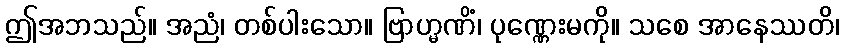
ဤအဘသည်။ အညံ၊ တစ်ပါးသော။ ဗြာဟ္မဏိံ၊ ပုဏ္ဏေးမကို။ သစေ အာနေဿတိ၊